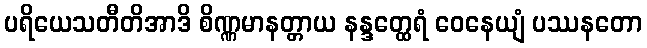
ပရိယေသတီတိအာဒိ စိဏ္ဏမာနတ္တာယ နန္ဒတ္ထေရံ ဝေနေယျံ ပဿနတော